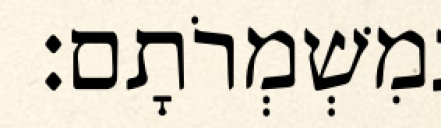
בְּמִשְׁמְרֹתָם׃